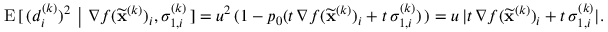
\begin{array} { r } { \mathrm { E } \, [ \, ( d _ { i } ^ { ( k ) } ) ^ { 2 } \ \big \vert \ \nabla f ( \widetilde \mathbf { x } ^ { ( k ) } ) _ { i } , \sigma _ { 1 , i } ^ { ( k ) } \, ] = u ^ { 2 } \, ( 1 - p _ { 0 } ( t \, \nabla f ( \widetilde \mathbf { x } ^ { ( k ) } ) _ { i } + t \, \sigma _ { 1 , i } ^ { ( k ) } ) \, ) = u \, \vert t \, \nabla f ( \widetilde \mathbf { x } ^ { ( k ) } ) _ { i } + t \, \sigma _ { 1 , i } ^ { ( k ) } \vert . } \end{array}